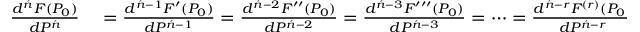
\begin{array} { r l } { { \frac { d ^ { \acute { n } } F ( P _ { 0 } ) } { d P ^ { \acute { n } } } } } & { { } = { \frac { d ^ { { \acute { n } } - 1 } F ^ { \prime } ( P _ { 0 } ) } { d P ^ { { \acute { n } } - 1 } } } = { \frac { d ^ { { \acute { n } } - 2 } F ^ { \prime \prime } ( P _ { 0 } ) } { d P ^ { { \acute { n } } - 2 } } } = { \frac { d ^ { { \acute { n } } - 3 } F ^ { \prime \prime \prime } ( P _ { 0 } ) } { d P ^ { { \acute { n } } - 3 } } } = \cdots = { \frac { d ^ { { \acute { n } } - r } F ^ { ( r ) } ( P _ { 0 } ) } { d P ^ { { \acute { n } } - r } } } , } \end{array}